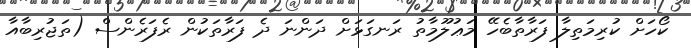
ކޯހަށް ކުރިމަތިލާ ފަރާތާބެހޭ މަޢުލޫމާތު ރަނގަޅަށް ދަންނަ ދެ ފަރާތަކުން ރެފަރެންސް (ތަޖުރިބާއާ